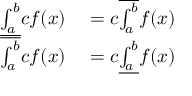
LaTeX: \begin{array} { r l } { { \underline { { \int _ { a } ^ { b } } } } c f ( x ) } & { { } = c { \overline { { \int _ { a } ^ { b } } } } f ( x ) } \\ { { \overline { { \int _ { a } ^ { b } } } } c f ( x ) } & { { } = c { \underline { { \int _ { a } ^ { b } } } } f ( x ) } \end{array}